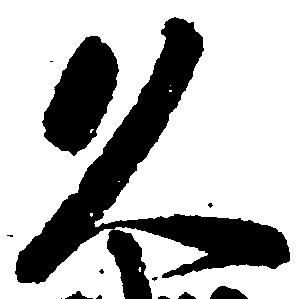
久